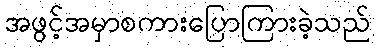
အဖွင့်အမှာစကားပြောကြားခဲ့သည်